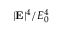
| \mathbf { E } | ^ { 4 } / E _ { 0 } ^ { 4 }